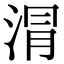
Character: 𣶀